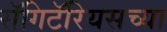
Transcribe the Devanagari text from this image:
सॅगिटॅरियसच्या